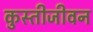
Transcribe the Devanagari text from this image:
कुस्तीजीवन